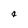
Character: a